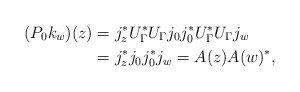
\begin{align*} (P_0 k_w) (z) & = j_z ^* U_\Gamma ^* U _\Gamma j_0 j_0 ^* U _\Gamma ^* U_\Gamma j_w \\& = j_z ^* j_0 j_0 ^* j_w = A(z) A(w) ^*, \end{align*}